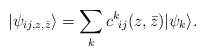
\begin{align*}| \psi_{ij,z,\bar z} \rangle = \sum_k c^k \!_{ij}(z,\bar z)| \psi_k \rangle.\end{align*}